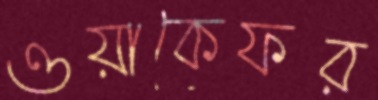
ওয়াকেফর